Veterinary [1909] -
Year: 1909
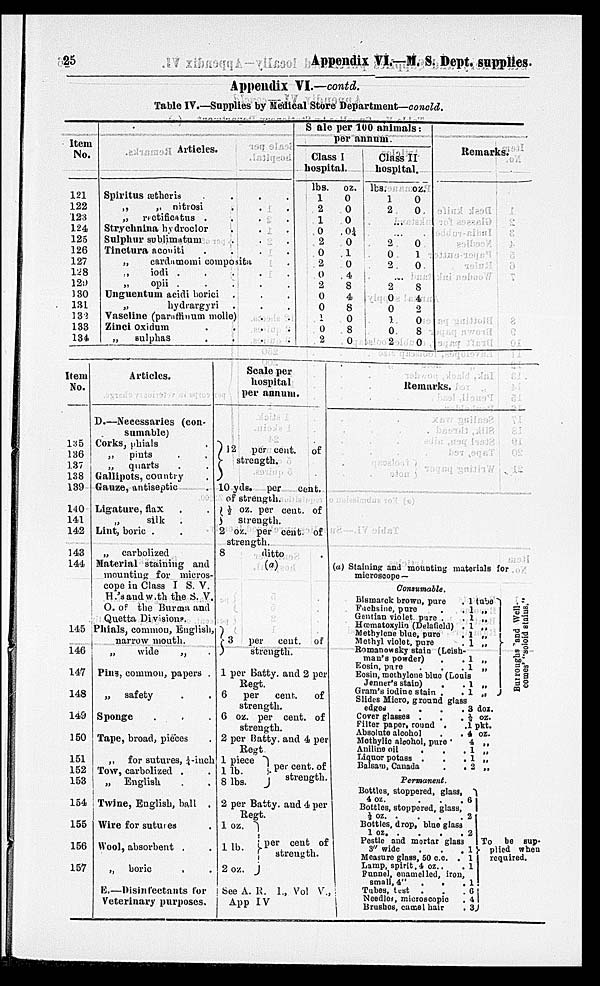
25
Appendix VI.—M. S. Dept. supplies.
Appendix VI.—contd.
Table IV.—Supplies by Medical Store Department—concld.
Item
No.
121
122
123
124
125
126
127
128
129
130
131
132
133
134
Articles.
Spiritus ætheris .
.
.
.
„
„ nitrosi . . .
„
rectificatus .
.
.
.
Strychnina hydroclor
.
.
.
Sulphur sublimatum . . .
Tinctura aconiti
.
.
.
.
„
cardamomi composita .
„
iodi . . . . .
„
opii .
.
.
.
.
Unguentum acidi borici . . .
„ hydrargyri
. . .
Vaseline (paraffinum molle) . .
Zinci oxidum
.
.
.
.
„
sulphas
. . . .
Sale per 100 animals:
per annum.
Class I
hospital.
lbs.
1
2
1
0
2
0
2
0
2
0
0
1
0 2
oz.
0
0
0
.0¼
0
1
0
4
8
4
8
0
8
0
Class II
hospital.
lbs.
1
2
oz.
0
0
...
...
2
0
2
0
1
0
...
2
0
0
1
0
2
8
4
2
0
8
0
Remarks.
Item
No.
135
136
137
138
139
140
141
142
143
144
145
146
147
148
149
150
151
152
153
154
155
156
157
Articles.
D.—Necessaries (con-
sumable)
Corks, phials .
„
pints . .
„
quarts . .
Gallipots, country .
Gauze, antiseptic .
Ligature, flax . .
„ silk
.
Lint, boric . .
„
carbolized
Material staining and
mounting for micros-
cope in Class I. S. V.
H.'s and with the S. V.
O. of the Burma and
Quetta Divisions.
Phials, common, English,
narrow mouth.
„
wide
„ .
Pins, common, papers .
„
safety . .
Sponge . . .
Tape, broad, pieces .
„
for sutures, ¼-inch
Tow, carbolized . .
„
English . .
Twine, English, ball .
Wire for sutures .
Wool, absorbent . .
„
boric . .
E.—Disinfectants
for
Veterinary purposes.
Scale per
hospital
per annum.
12
per cent.
of
strength.
10 yds.
per
cent.
of strength.
½ oz. per cent. of
strength.
2 oz. per cent. of
strength.
8
ditto
(a)
3
per
cent.
of
strength.
1 per Batty, and 2 per
Regt.
6
per
cent.
of
strength.
6 oz. per cent. of
strength.
2 per Batty, and 4 per
Regt.
1 piece
1 lb.
8 lbs.
per cent. of
strength.
2 per Batty, and 4 per
Regt.
1 oz.
1 lb.
2 oz.
per cent of
strength.
See A. R. I., Vol V.,
App IV
Remarks.
(a) Staining and mounting materials for
microscope—
Consumable.
Bismarck brown, pure
. 1 tube
Fachsine, pure
. . 1 „
Gentian violet pure .
. 1 „
Hœmatoxylin (Delafield) .1 „
Methylene blue, pure . 1 „
Methyl violet, pure
. 1 „
Romanowsky stain (Leish-
man's powder)
.
. 1 „
Eosin, pure
.
.
. 1 „
Eosin, methylene blue (Louis
Jenner's stain)
.
. 1 „
Gram's iodine stain .
. 1 „
Slides Micro, ground glass
edges .
.
.
. 3 doz.
Cover glasses .
.
. ½ oz.
Filter paper, round .
.1 pkt.
Absolute alcohol
.
. 4 oz.
Methylic alcohol, pure . 4 „
Aniline oil
.
.
. 1 „
Liquor potass .
.
. 1 „
Balsam, Canada
.
. 2 „
Permanent.
Bottles, stoppered, glass,
4 oz.
.
.
. 6
Bottles, stoppered, glass,
½ oz . . . . .2
Bottles, drop, blue glass
1
oz.
.
.
.
.2
Pestle and mortar glass
3" wide
.
.
. 1
Measure glass, 50 c.c. . 1
Lamp, spirit, 4 oz. . .1
Funnel, enamelled, iron,
small, 4" . . . 1
Tubes, test .
.
. 6
Needles, microscopic
. 4
Brushes, camel hair
. 3
Burroughs and Well-
comes'
"soloid stains."
To be sup-
plied when
required.